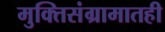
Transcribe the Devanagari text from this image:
मुक्तिसंग्रामातही